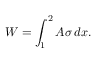
W = \int _ { 1 } ^ { 2 } A \sigma \, d x .